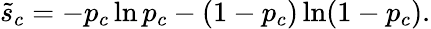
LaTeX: \tilde{s}_{c}=-p_{c}\ln{p_{c}}-(1-p_{c})\ln(1-p_{c}).